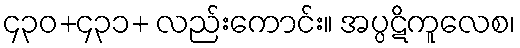
၄၃၀+၄၃၁+ လည်းကောင်း။ အပ္ပဋိကူလေစ၊